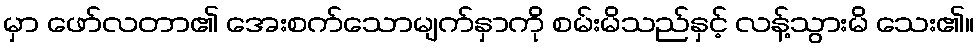
မှာ ဖော်လတာ၏ အေးစက်သောမျက်နှာကို စမ်းမိသည်နှင့် လန့်သွားမိ သေး၏။